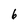
Character: 6